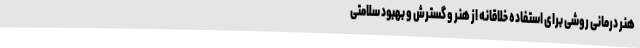
هنر درمانی روشی برای استفاده خلاقانه از هنر و گسترش و بهبود سلامتی